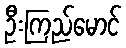
ဦးကြည်မောင်